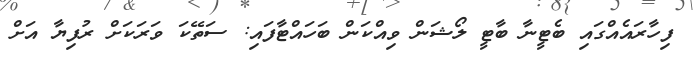
ފިހާރައެއްގައި ބެޓީނާ ބާޓީ ލޯޝަން ވިއްކަން ބަހައްޓާފައި: ސަތޭކަ ވަރަކަށް ރުފިޔާ އަށް